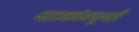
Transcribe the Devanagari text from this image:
नाटकांमधूनही